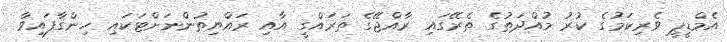
އެމްޑީޕީ ވެރިކަމުގެ ކުރު މުއްދަތުގެ ތެރޭގައި ރާއްޖޭގެ ތަރައްގީ އާއި ރައްޔިތުންނަށްޓަކައި ހިންގާފައިވާ